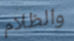
والظلام